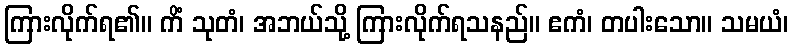
ကြားလိုက်ရ၏။ ကိံ သုတံ၊ အဘယ်သို့ ကြားလိုက်ရသနည်။ ဧကံ၊ တပါးသော။ သမယံ၊